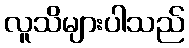
လူသိများပါသည်